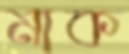
মাক